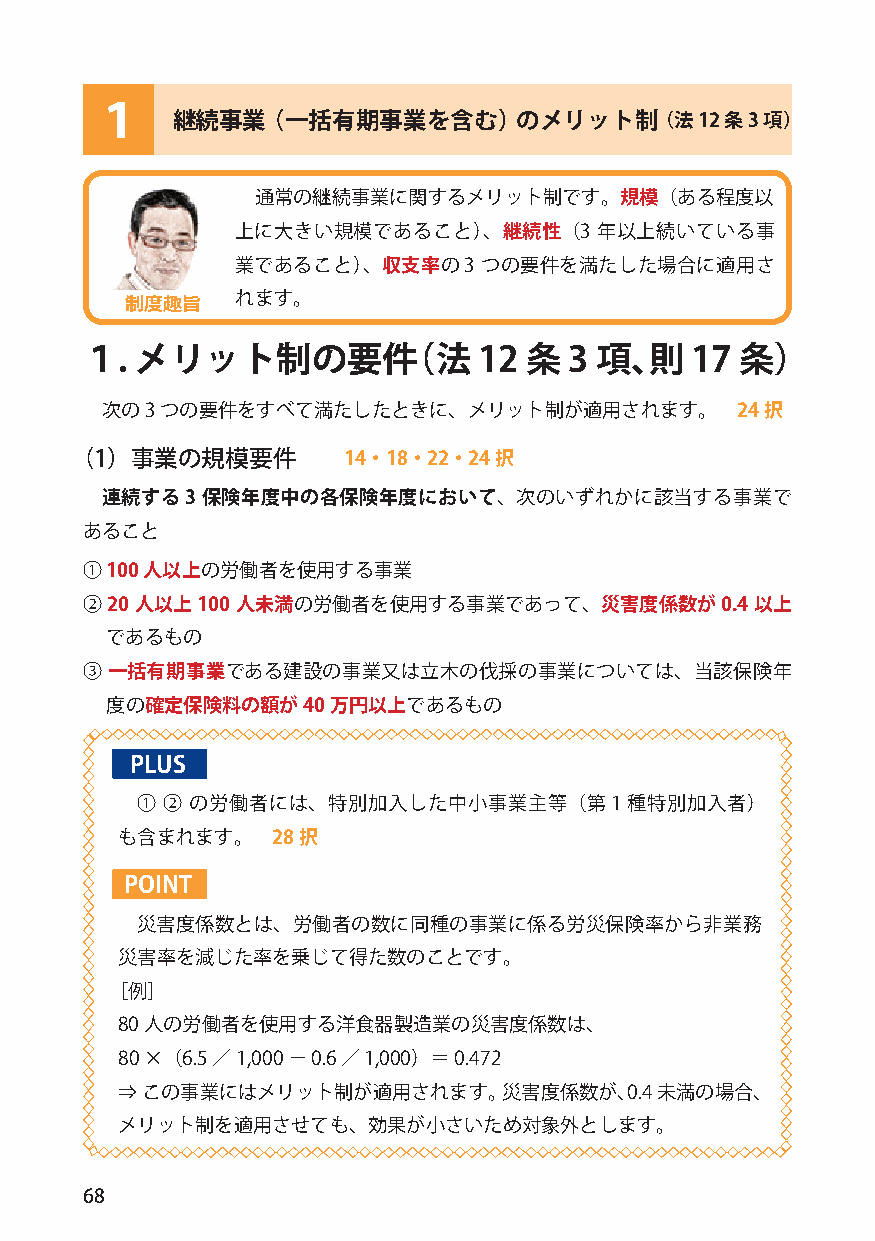
１    継続事業（一括有期事業を含む）のメリット制（法12            条3 項）
 通常の継続事業に関するメリット制です。規模（ある程度以
 上に大きい規模であること）、継続性（3     年以上続いている事
 業であること）、収支率の3   つの要件を満たした場合に適用さ
 れます。
 制度趣旨
 １.  メリット制の要件（法             12 条  3 項、則   17 条）
 次の3 つの要件をすべて満たしたときに、メリット制が適用されます。         24択
 （1）事業の規模要件        14・18・22・24択
 連続する3 保険年度中の各保険年度において、次のいずれかに該当する事業で
 あること
 ① 100 人以上の労働者を使用する事業
 ② 20 人以上100 人未満の労働者を使用する事業であって、災害度係数が0.4     以上
 であるもの
 ③ 一括有期事業である建設の事業又は立木の伐採の事業については、当該保険年
 度の確定保険料の額が40   万円以上であるもの
 PLUS
 ① ② の労働者には、特別加入した中小事業主等（第1種特別加入者）
 も含まれます。   28択
 POINT
 災害度係数とは、労働者の数に同種の事業に係る労災保険率から非業務
 災害率を減じた率を乗じて得た数のことです。
 ［例］
 80 人の労働者を使用する洋食器製造業の災害度係数は、
 80×（6.5／1,000－ 0.6 ／ 1,000）＝0.472
 ⇒ この事業にはメリット制が適用されます。災害度係数が、0.4    未満の場合、
 メリット制を適用させても、効果が小さいため対象外とします。
 68